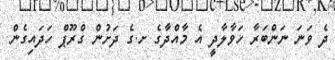
ދެ ވަނަ ނަންބަރާ ހަވާލާދީ އެ މާއްދާގެ ށ.ގެ ދަށުން ގްރޫޕް ހަދައިގެން